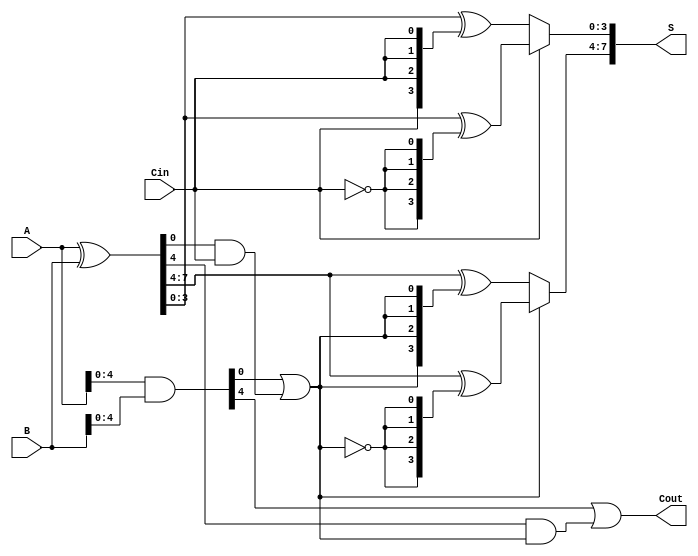
module CSPA #(parameter N = 8) (
    input  [N-1:0] A,      // First n-bit input
    input  [N-1:0] B,      // Second n-bit input
    input         Cin,      // Carry-in
    output [N-1:0] S,      // n-bit sum output
    output        Cout      // Carry-out
);

    // Generate and Propagate signals
    wire [N-1:0] G; // Generate
    wire [N-1:0] P; // Propagate
    wire [N/4:0] C; // Carry signals for each segment

    // Generate and Propagate calculations
    assign G = A & B;         // G[i] = A[i] AND B[i]
    assign P = A ^ B;         // P[i] = A[i] XOR B[i]

    // Carry generation for each segment
    genvar i;
    generate
        for (i = 0; i < N/4; i = i + 1) begin : carry_gen
            if (i == 0) begin
                // First segment
                assign C[i] = G[4*i] | (P[4*i] & Cin);
            end else begin
                // Subsequent segments
                assign C[i] = G[4*i] | (P[4*i] & C[i-1]);
            end
        end
    endgenerate

    // Sum calculation for each segment
    generate
        for (i = 0; i < N/4; i = i + 1) begin : sum_calc
            wire carry_in;
            if (i == 0) begin
                assign carry_in = Cin; // First segment uses Cin
            end else begin
                assign carry_in = C[i-1]; // Subsequent segments use previous carry
            end

            // Precompute sums for carry-in 0 and 1
            wire [3:0] S0, S1;
            assign S0 = P[4*i +: 4] ^ {4{carry_in}}; // Sum with carry-in
            assign S1 = P[4*i +: 4] ^ {4{~carry_in}}; // Sum without carry-in

            // Select the correct sum based on carry
            assign S[4*i +: 4] = carry_in ? S1 : S0;
        end
    endgenerate

    // Final carry-out
    assign Cout = C[N/4 - 1];

endmodule